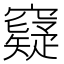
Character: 𥨯